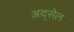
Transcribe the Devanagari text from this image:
अद्सेल